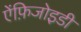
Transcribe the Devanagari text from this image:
ऐंफ़िजोइडी